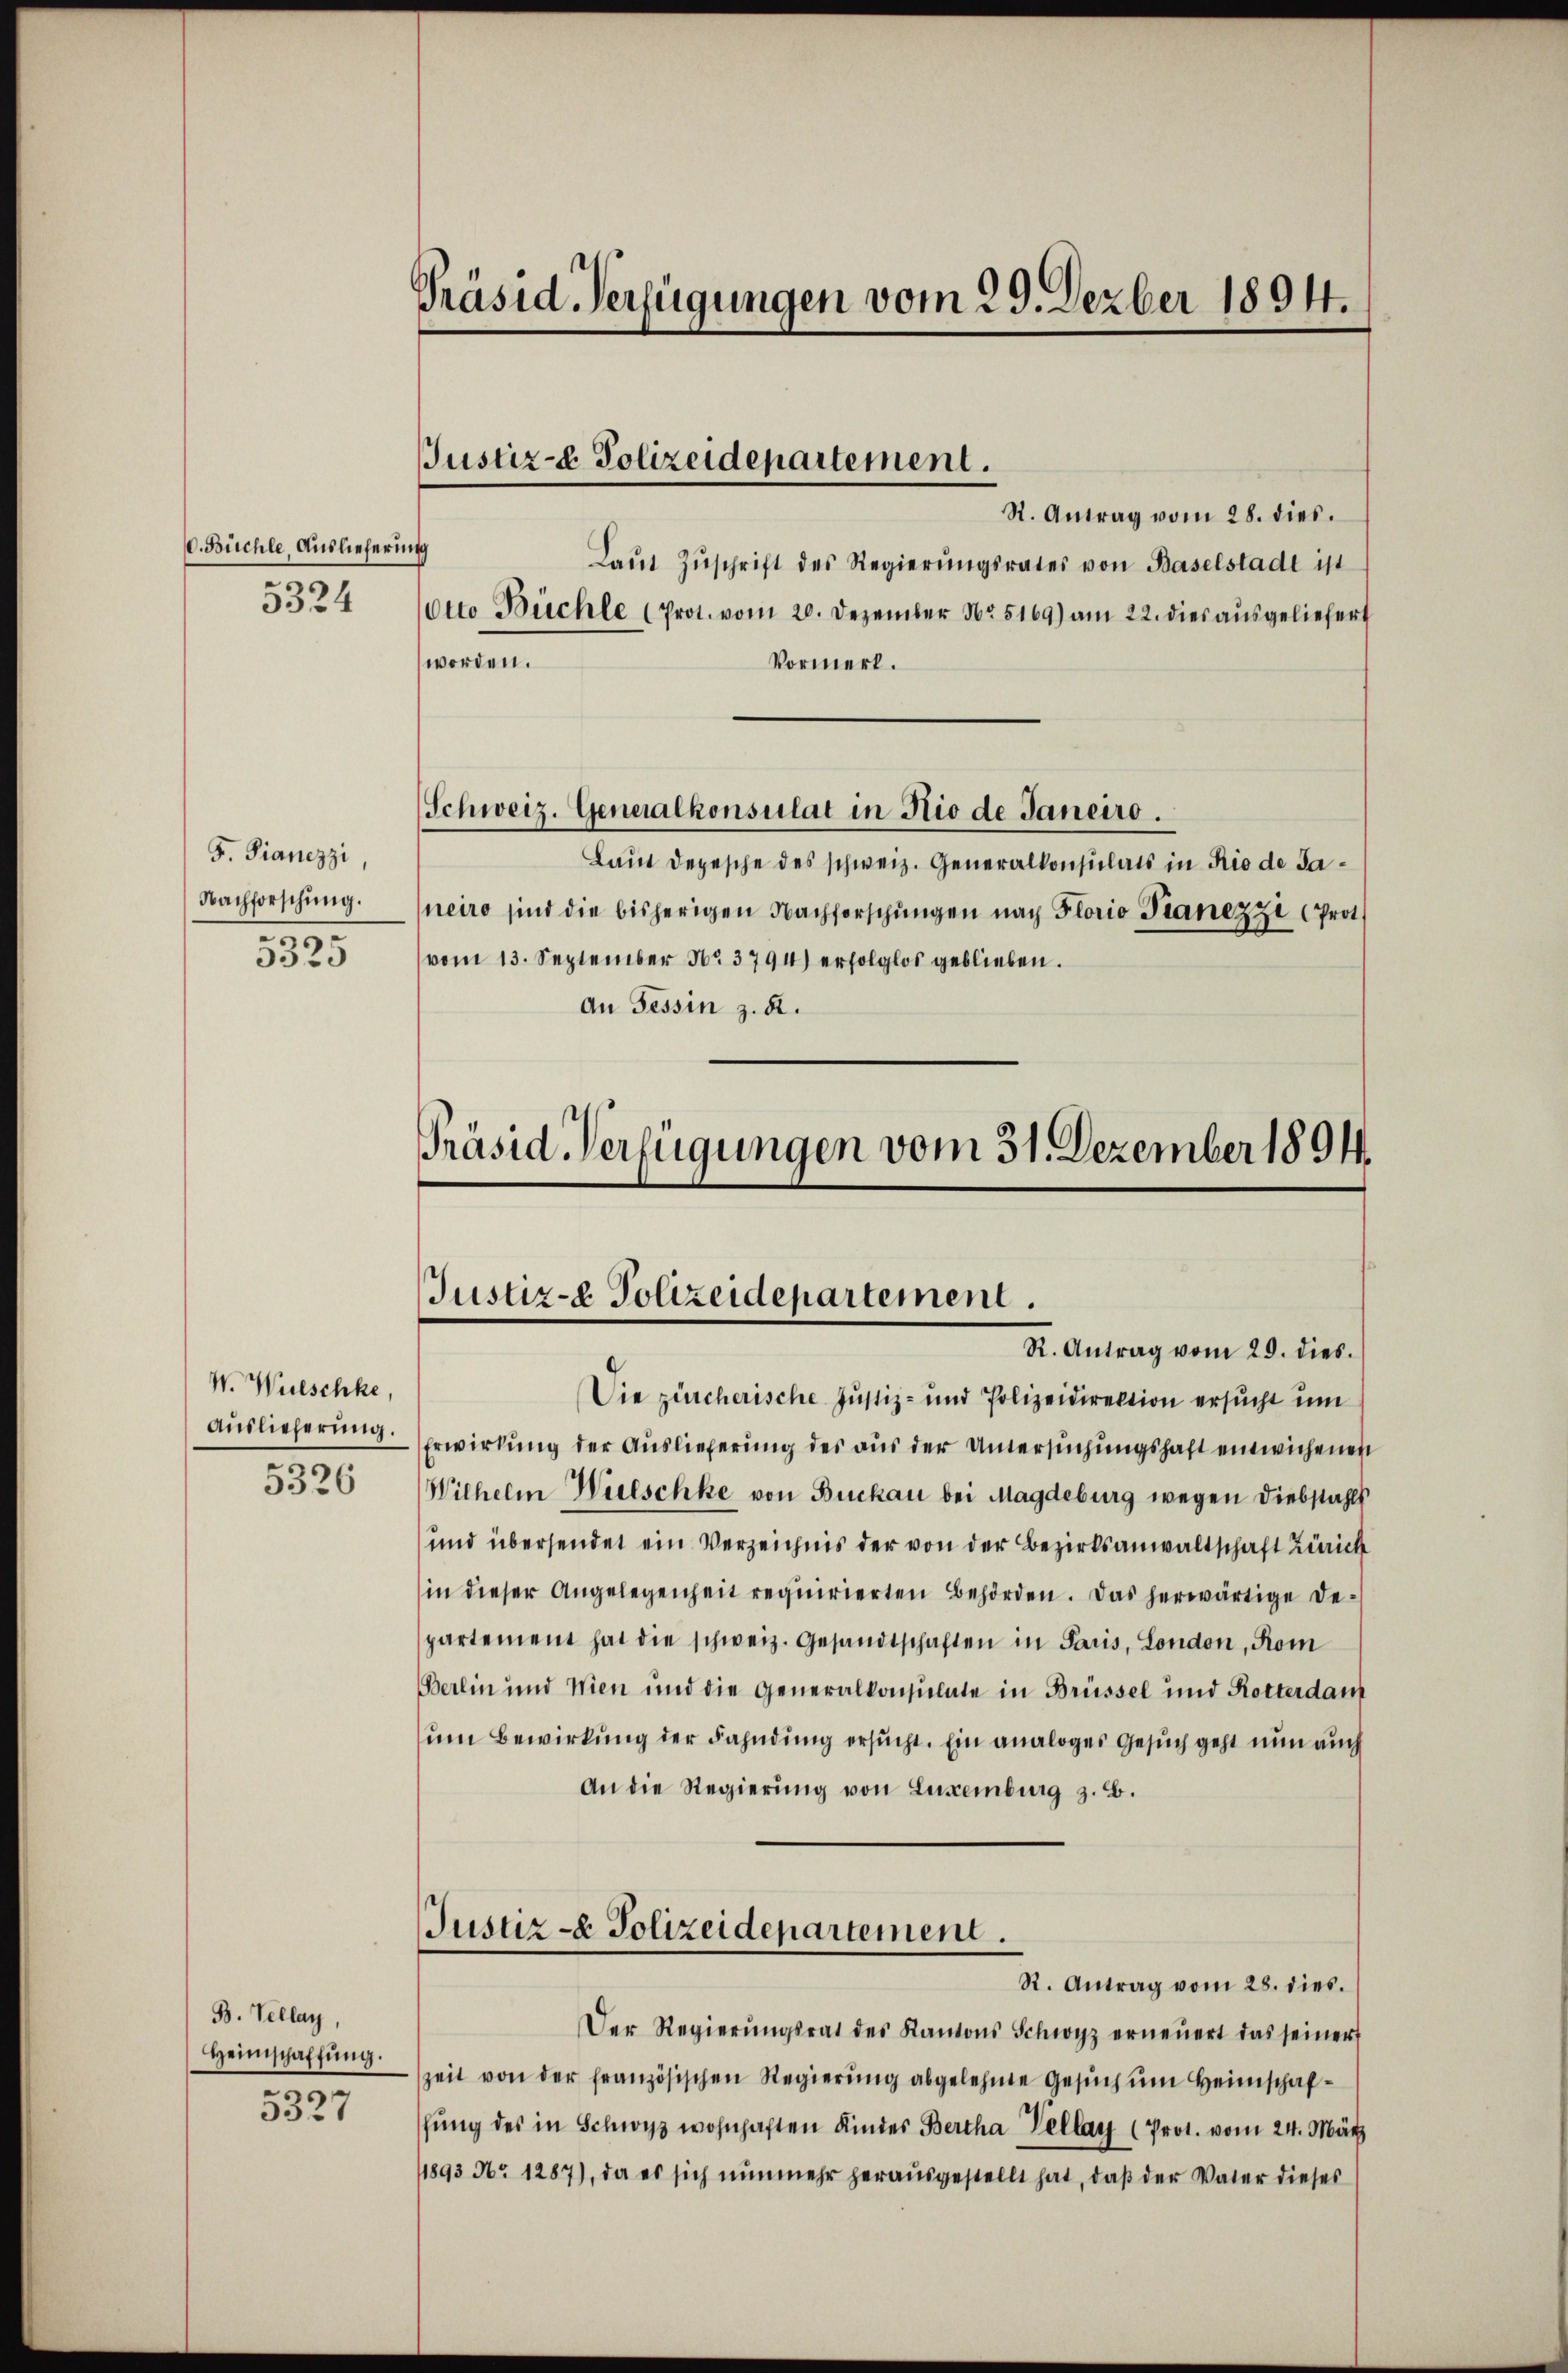
0. Büchle, Auslieferung
5324

F. Fianezzi,
Nachforschung.
5325

W. Wültschke,
Auslieferung.
5326

B. Tellay,
Heimschaffŭng.
5327

Präsid-Verfügungen vom 29. Dezber 1894.

Justiz- & Polizeidepartement.

St. Antrag vom 28. dies.
Laŭt Zŭschrift des Regierŭngsrates von Baselstadt ist
Otto Büchle (Prot. vom 20. Dezember Nr 5169) am 22. dies ausgeliefert
Vormerk.
worden.
Schweiz. Generalkonsulat in Rio de Janeiro.
Laut depesche des schweiz. Generalkonsulats in Rio de Saneiro sind die bisherigen Nachforschŭngen nach Florio Sanezzi Prot
vom 13. September No 3794) erfolglos geblieben.
An Tessin z. R.

Präsid. Verfügungen vom 31. Dezember 1894.
Justiz-e Polizeidepartement.
R. Antrag vom 29. dies.

Die zürcherische Justiz- und Polizeidirektion ersucht um
Erwirkung der Auslieferung des aus der Untersuchungshaft einwichenen
Wilhelm Witschke von Buckau bei Magdeburg wegen Diebstahls
und übersendet ein Verzeichnis der von der Bezirksanwaltschaft Zürich
in dieser Angelegenheit requirierten Behörden. Das herwärtige De-
spartement hat die schweiz. Gesandtschaften in Paris, London, Kom
Berlin und Nien und die Generalkonsulate in Brüssel und Rotterdam
ŭm Bewirkung der Fahndung ersucht. Ein analoges Gesuch geht nun auch
An die Regierung von Luxenburg z. B.
Justiz- & Polizeidepartement.
R. Antrag vom 28. dies.
Der Regierŭngsrat des Kantons Schwyz erneŭert das seiner
zeit von der französischen Regierŭng abgelehnte Gesŭch ŭm Heimschaf-
hung des in Schwyz wohnhaften Kinder Bertha Vellay (Prot. vom 24. März
1893 No 1287), da es sich nŭnmehr herausgestellt hat, daβ der Vater dieses